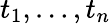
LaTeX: t_{1},\dots,t_{n}